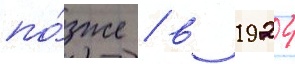
по́зже / в 1924